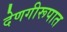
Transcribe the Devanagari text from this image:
देणगीरूपात